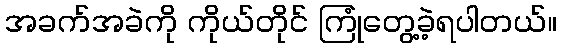
အခက်အခဲကို ကိုယ်တိုင် ကြုံတွေ့ခဲ့ရပါတယ်။